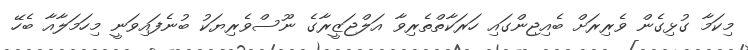
މިކަމާ ގުޅިގެން ވެރިރަށް ބެއިޖިންގައި ހަރަކާތްތެރިވާ އަލްޖަޒީރާގެ ނޫސްވެރިޔަކު ބުނެފައިވަނީ މިހަމަލާއާ ބެހޭ